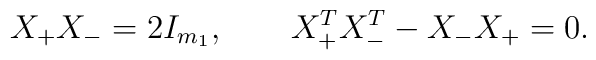
X_+ X_- = 2 I_{m_1}, \qquad X_+^T X_-^T - X_- X_+ = 0.